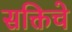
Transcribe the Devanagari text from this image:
सक्तिचे